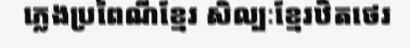
ភ្លេងប្រពៃណីខ្មែរ សិល្បៈខ្មែរឋិតថេរ